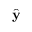
\hat { \bf y }